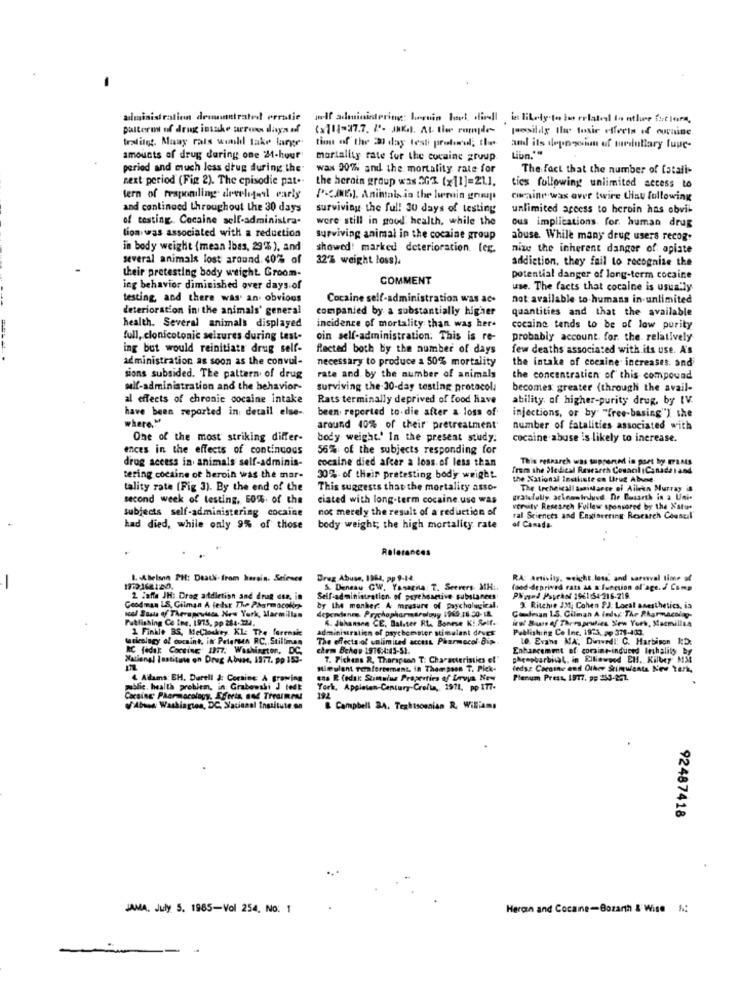
administration denuitrates erratic self administering: hornin bout diedl is likely to be related to nther fut lara,
palterm of drug insake serons days of
(x114-27.7. I'- JAK .. At thee compde-
[aosildy the toxic effects of ournine
tralitet. Many rals would take large
tion of the 21 day test pretomul; that
and its doposinn of medullary fupc-
Libn.""
amounts of drug during one 24-hour
mortality rate for the cocaine group
period and much less drug during the
wax 90% and the mortality rate for
The fact that the number of fatali-
next period (Fig 2). The episodie pat ..
the heroin group was 367 (x11]=21.1.
tics following unlimited access to
lern of responding develigesl early
(-), Animals in the lwerin group
carmine was aver twire LHau following
and continued throughout the 30 days
surviving the full 30 days of testing
unlimited access to heroin has obvii-
of testing. Cocaine self-administra.
were still in good health, while the
ous implications for. human drug
lion was associated with a reduction
Surviving animal in the cocaine group
abuse. While many drug users recog.
in body weight (mean Ibas, 29% ), and
showed! marked deterioration. leg.
nize the inherent danger of: opiate
several animals lost around. 40% of
32% weight loss).
addiction, they fail to recognize the
their pretesting body weight Groom-
COMMENT
potential danger of long-term cocaine
ing behavior diminished over days of
use. The facts that cocaine is usually
testing, and there was an obvious
Cocaine self-administration was ac.
not available to humans in unlimited
deterioration in the animals' general
companied by a substantially higher
quantities and that the available
health. Several animals displayed
incidence of mortality than was her-
cocaine tends to be of low purity
full, clonicotonic seizures during test-
oin self-administration. This is re-
probably account for. the relatively
ing but would reinitiate drug self-
Racted both by the number of days
few deaths associated with its use. A's
administration as soon as the convul-
necessary to produce a 50% mortality
the intake of cocaine increases. and
sions subsided. The pattern of drug
rate and by the number of animals
the concentration of this compound
self-administration and the behavior-
surviving the 30-day testing protocola
becomes greater (through the avail-
al effects of chronic cocaine intake
Rats terminally deprived of food have
ability of higher-purity drug, by IV.
have been reported in detail else-
been reported to die after a loss of
injections, or by "free-basing") the
where."
around 40% of their pretreatment
number of fatalities associated with
One of the most striking differ-
body weight.' In the present study.
cocaine abuse is likely to increase.
ences in the effects of continuous
56% of the subjects responding for
drug access in animals self-adminis-
cocaine died after a loss. of less than
This research was tupperent in part by Frants
arth Couacil (Canada)and
tering cocaine of heroin was the mar-
30% of their pretesting body weight.
the National Inctliste on Uruz Abuse
tality rate (Fig 3). By the end of the
This suggests that the mortality asso-
The technical assistance of Ailekn Murray is
second week of testing, 50%. of the
ciated with long-term cocaine.use was
gratefully acknowledund Die Busarth in a Uni-
noc merely the result of a redaction of
versity Research Fullew sponsored by the Natur
subjects self-administering cocaine
ral Sciences and Engineering Research Council
had died, while only 9% of those
body weight; the high mortality rate
of Canada-
References
1. Abelson PH: Death. from herein. Science
Drug Abuse, 1984, pp 9-14.
RA: Activity, weicht. less' and sareaval time of
-
&. Deneau GW, Yanagila: T. Seevers. MHi.
food-deprived rats as a function of age. / Comp
2 Zaffe JH: Drog artdietion and drug use, in
Self-administration of paychosetive substances
PNand Psychof 1961:54-216-219.
Goodman LS, Giiman A ledst The Pharmacolor-
by the monker: A measure of psychological,
dependance. Prachopharmarelovy 1969 16.30- 18.
X Ritchie IM; Cohen PJ: Local anesthetics, is
scol Basta of Therapeuteds, New York, Macmillan
Publishing Co Inc. 1975, pp 284-224.
A. Johansen CE, Bal.ter RL. Bonese Ki.Self.
Goodman 1.5. Gilman A ledsc The Pharmacolay-
icw Sun of Therapeutics Sew York, Macmillta
2 Finkle BS, MeCloskey KL: The forrask
administration of psychemster stimulant drugs
Publishing Co Inc. 1973, pp 371-403.
turicolacy of cocaine, in Petersen RC, Stillman
The effects of unlimited access Pharmacol Bip-
Le. Evans MA: Dinvedl: C. Harbison RD
RC fedak: Cortine; 1177. Washington, DC.
chem Behov 1976:4:43-51.
Enhancemmt of corine-induced Inhality by
National Institute on Drug Abuse, 1977. pp 153-
7. Pickens R, Tharspann T: Characteristics el"
phenobarbital, in Ellinwood EH. Kilbey MS
Mimulant Temfortement, in Thompson T. Pick-
ledse Cocaine and Other Stimulants New York,
4 Adams: EH. Durell &: Corsine A growing
cas R (odak Stimulus Properties of Levya New
Plenum Press, 1977. pp 253-277.
Ita problem, in Grabowski J fedt
York, Appletan-Century-Crolla, 1911, pp IT7-
Carsing: Pharmacology. Efferis Bod TrrGIRAM
/'Absen Washington, DC, Nacional Institute
& Campbell 2.A. Texhisconian R. Williams
92487418
.
JANA, July S. 1985-Vol 254. No. 1
Heran and Cocane-Bozarth & Wise N.